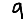
Digit: 9